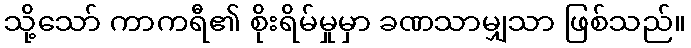
သို့သော် ကာကရီ၏ စိုးရိမ်မှုမှာ ခဏသာမျှသာ ဖြစ်သည်။